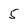
Character: 5